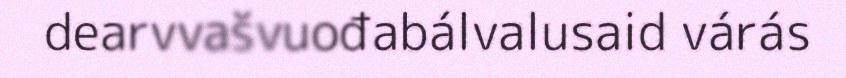
dearvvašvuođabálvalusaid várás